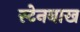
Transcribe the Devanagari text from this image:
स्टेनबाख